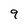
Character: 9